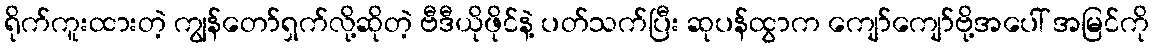
ရိုက်ကူးထားတဲ့ ကျွန်တော်ရှက်လို့ဆိုတဲ့ ဗီဒီယိုဖိုင်နဲ့ ပတ်သက်ပြီး ဆုပန်ထွာက ကျော်ကျော်ဗို့အပေါ် အမြင်ကို